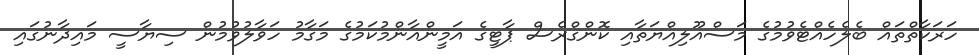
ހަރަކާތްތައް ބެލެހެއްޓެވުމުގެ މަސްއޫލިއްޔަތާއި ކޮންގްރެސް ޕާޓީގެ އަމީންއާންމުކަމުގެ މަގާމު ހަވާލުވުމުން ސިޔާސީ މައިދާނުގައި